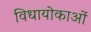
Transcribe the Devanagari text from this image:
विधायोकाओं